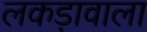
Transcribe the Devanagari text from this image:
लकड़ावाला